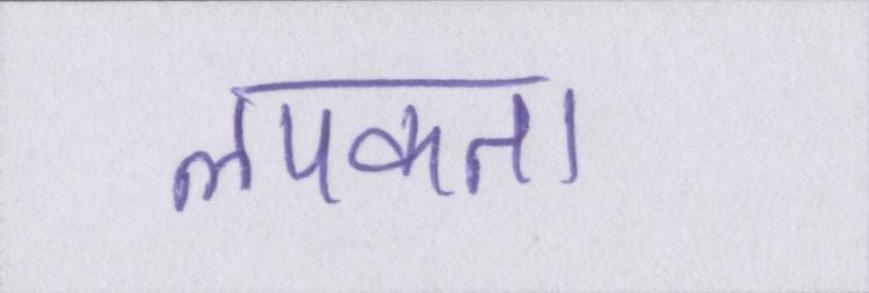
लपकता